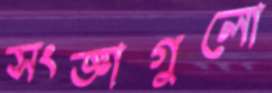
সংজ্ঞাগুলো